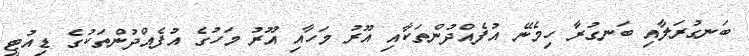
ބަނގުރަލާއި ބަނގުރާ ހިމެނޭ އުފެއްދުންތަކާއި އޫރު މަހާއި އޫރު މަހުގެ އުފެއްދުންތަކުގެ ޑިއުޓީ